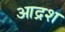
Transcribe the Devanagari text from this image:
आद्रश